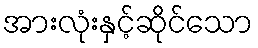
အားလုံးနှင့်ဆိုင်သော